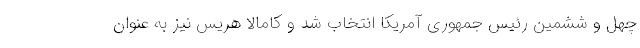
چهل و ششمین رئیس جمهوری آمریکا انتخاب شد و کامالا هریس نیز به عنوان